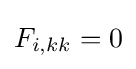
F_{i,kk}=0\,\!